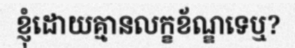
ខ្ញុំដោយគ្មានលក្ខខ័ណ្ឌទេឬ?